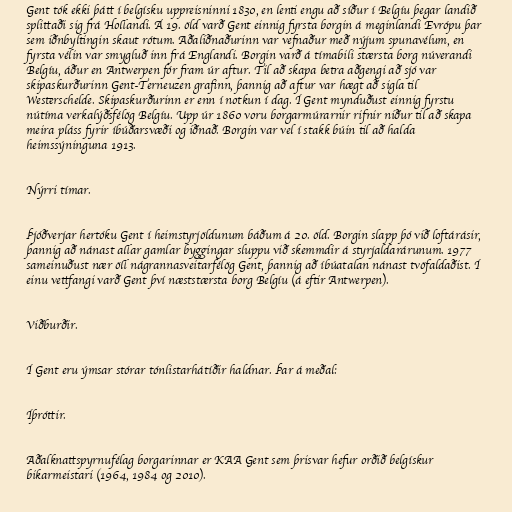
Gent tók ekki þátt í belgísku uppreisninni 1830, en lenti engu að síður í Belgíu þegar landið
splittaði sig frá Hollandi. Á 19. öld varð Gent einnig fyrsta borgin á meginlandi Evrópu þar
sem iðnbyltingin skaut rótum. Aðaliðnaðurinn var vefnaður með nýjum spunavélum, en
fyrsta vélin var smygluð inn frá Englandi. Borgin varð á tímabili stærsta borg núverandi
Belgíu, áður en Antwerpen fór fram úr aftur. Til að skapa betra aðgengi að sjó var
skipaskurðurinn Gent-Terneuzen grafinn, þannig að aftur var hægt að sigla til
Westerschelde. Skipaskurðurinn er enn í notkun í dag. Í Gent mynduðust einnig fyrstu
nútíma verkalýðsfélög Belgíu. Upp úr 1860 voru borgarmúrarnir rifnir niður til að skapa
meira pláss fyrir íbúðarsvæði og iðnað. Borgin var vel í stakk búin til að halda
heimssýninguna 1913.

Nýrri tímar.

Þjóðverjar hertóku Gent í heimstyrjöldunum báðum á 20. öld. Borgin slapp þó við loftárásir,
þannig að nánast allar gamlar byggingar sluppu við skemmdir á styrjaldarárunum. 1977
sameinuðust nær öll nágrannasveitarfélög Gent, þannig að íbúatalan nánast tvöfaldaðist. Í
einu vettfangi varð Gent því næststærsta borg Belgíu (á eftir Antwerpen).

Viðburðir.

Í Gent eru ýmsar stórar tónlistarhátíðir haldnar. Þar á meðal:

Íþróttir.

Aðalknattspyrnufélag borgarinnar er KAA Gent sem þrisvar hefur orðið belgískur
bikarmeistari (1964, 1984 og 2010).